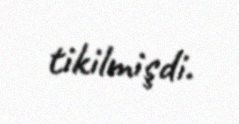
tikilmişdi.